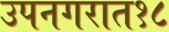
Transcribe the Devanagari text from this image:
उपनगरात१८